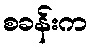
စခန်းက